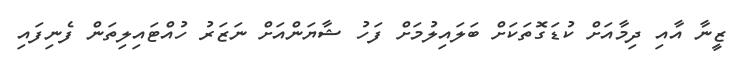
ޒީނާ އާއި ދިމާއަށް ކުޑަގޮތަކަށް ބަލައިލުމަށް ފަހު ޝާޔަންއަށް ނަޒަރު ހުއްޓައިލިތަން ފެނިފައި